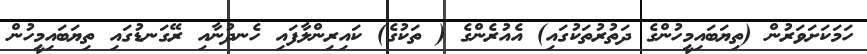
ހަމަކަށަވަރުން (ތިޔަބައިމީހުންގެ ދަތުރުތަކުގައި) އެއުރެންގެ ( ތަކުގެ) ކައިރިންލާފައި ހެނދުނާއި ރޭގަނޑުގައި ތިޔަބައިމީހުން